Annual report on the Civil Veterinary Department, Burma (including the Insein Veterinary School) - 1910-1922
Year: 1910
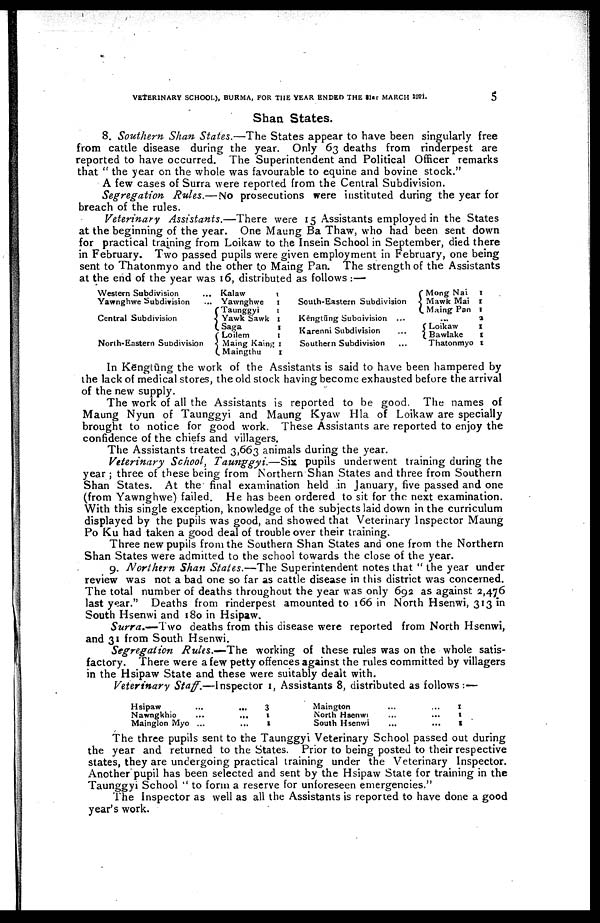
VETERINARY SCHOOL), BURMA, FOR THE YEAR ENDED THE 31st MARCH 1021.
5
Shan States.
8. Southern Shan States.—The States appear to have been singularly free
from cattle disease during the year. Only 63 deaths from rinderpest are
reported to have occurred. The Superintendent and Political Officer remarks
that "the year on the whole was favourable to equine and bovine stock."
A few cases of Surra were reported from the Central Subdivision.
Segregation Rules.—No prosecutions were instituted during the year for
breach of the rules.
Veterinary Assistants.—There were 15 Assistants employed in the States
at the beginning of the year. One Maung Ba Thaw, who had been sent down
for practical training from Loikaw to the Insein School in September, died there
in February. Two passed pupils were given employment in February, one being
sent to Thatonmyo and the other to Maing Pan. The strength of the Assistants
at the end of the year was 16, distributed as follows :—
Western Subdivision ...
Yawnghwe Subdivision ...
Central Subdivision
North-Eastern Subdivision
Kalaw
1
Yawnghwe
1
Taunggyi
1
Yawk Sawk 1
Saga
1
Loilem
1
Maing Kaing 1
Maingthu
1
South-Eastern Subdivision
Kēngtūng Subdivision ...
Karenni Subdivision ...
Southern Subdivision
Mong Nai
Mawk Mai
Maing Pan
...
Loikaw
Bawlake
Thatonmyo
1
1
1
1
1
1
1
In Kengtūng the work of the Assistants is said to have been hampered by
the lack of medical stores, the old stock having become exhausted before the arrival
of the new supply.
The work of all the Assistants is reported to be good. The names of
Maung Nyun of Taunggyi and Maung Kyaw Hla of Loikaw are specially
brought to notice for good work. These Assistants are reported to enjoy the
confidence of the chiefs and villagers.
The Assistants treated 3,663 animals during the year.
Veterinary School, Taunggyi.—Six pupils underwent training during the
year ; three of these being from Northern Shan States and three from Southern
Shan States. At the final examination held in January, five passed and one
(from Yawnghwe) failed. He has been ordered to sit for the next examination.
With this single exception, knowledge of the subjects laid down in the curriculum
displayed by the pupils was good, and showed that Veterinary Inspector Maung
Po Ku had taken a good deal of trouble over their training.
Three new pupils from the Southern Shan States and one from the Northern
Shan States were admitted to the school towards the close of the year.
9. Northern Shan States.—The Superintendent notes that " the year under
review was not a bad one so far as cattle disease in this district was concerned.
The total number of deaths throughout the year was only 692 as against 2,476
last year." Deaths from rinderpest amounted to 166 in North Hsenwi, 313 in
South Hsenwi and 180 in Hsipaw.
Surra.—Two deaths from this disease were reported from North Hsenwi,
and 31 from South Hsenwi.
Segregation Rules.—The working of these rules was on the whole satis
factory. There were a few petty offences against the rules committed by villagers
in the Hsipaw State and these were suitably dealt with.
Veterinary Staff.—Inspector 1, Assistants 8, distributed as follows :—
Hsipaw
Nawngkhio
Mainglon Myo
...
...
...
...
...
...
3
1
1
Maington
North Hsenwi
South Hsenwi
...
...
...
...
...
...
1
1
1
The three pupils sent to the Taunggyi Veterinary School passed out during
the year and returned to the States. Prior to being posted to their respective
states, they are undergoing practical training under the Veterinary Inspector.
Another pupil has been selected and sent by the Hsipaw State for training in the
Taunggyi School " to form a reserve for unforeseen emergencies."
The Inspector as well as all the Assistants is reported to have done a good
year's work.